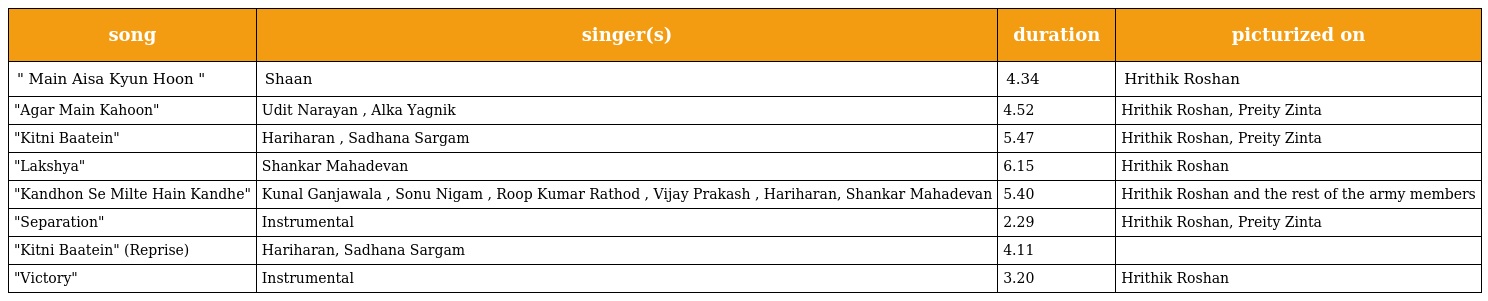
| song | singer(s) | duration | picturized on |
 | --- | --- | --- | --- |
 | " Main Aisa Kyun Hoon " | Shaan | 4.34 | Hrithik Roshan |
 | "Agar Main Kahoon" | Udit Narayan , Alka Yagnik | 4.52 | Hrithik Roshan, Preity Zinta |
 | "Kitni Baatein" | Hariharan , Sadhana Sargam | 5.47 | Hrithik Roshan, Preity Zinta |
 | "Lakshya" | Shankar Mahadevan | 6.15 | Hrithik Roshan |
 | "Kandhon Se Milte Hain Kandhe" | Kunal Ganjawala , Sonu Nigam , Roop Kumar Rathod , Vijay Prakash , Hariharan, Shankar Mahadevan | 5.40 | Hrithik Roshan and the rest of the army members |
 | "Separation" | Instrumental | 2.29 | Hrithik Roshan, Preity Zinta |
 | "Kitni Baatein" (Reprise) | Hariharan, Sadhana Sargam | 4.11 |  |
 | "Victory" | Instrumental | 3.20 | Hrithik Roshan |